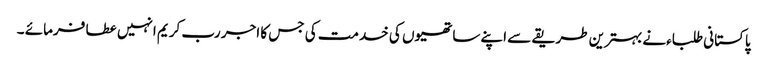
پاکستانی طلباءنے بہترین طریقے سے اپنے ساتھیوں کی خدمت کی جس کا اجر رب کریم انہیں عطا فرمائے ۔